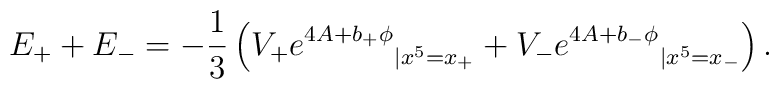
E_+ + E_- =-\frac{1}{3} \left({V_+ e^{4A + b_+\phi}}_{|x^5 = x_+} +  {V_-e^{4A+b_-\phi}}_{|x^5=x_-}\right) .